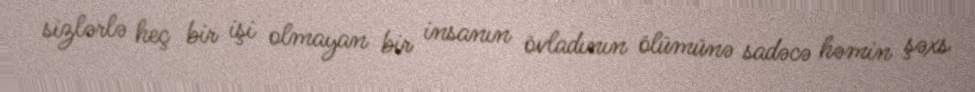
sizlərlə heç bir işi olmayan bir insanın övladının ölümünə sadəcə həmin şəxs